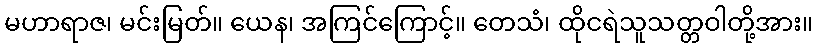
မဟာရာဇ၊ မင်းမြတ်။ ယေန၊ အကြင်ကြောင့်။ တေသံ၊ ထိုငရဲသူသတ္တဝါတို့အား။